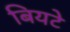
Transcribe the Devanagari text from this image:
बियटे